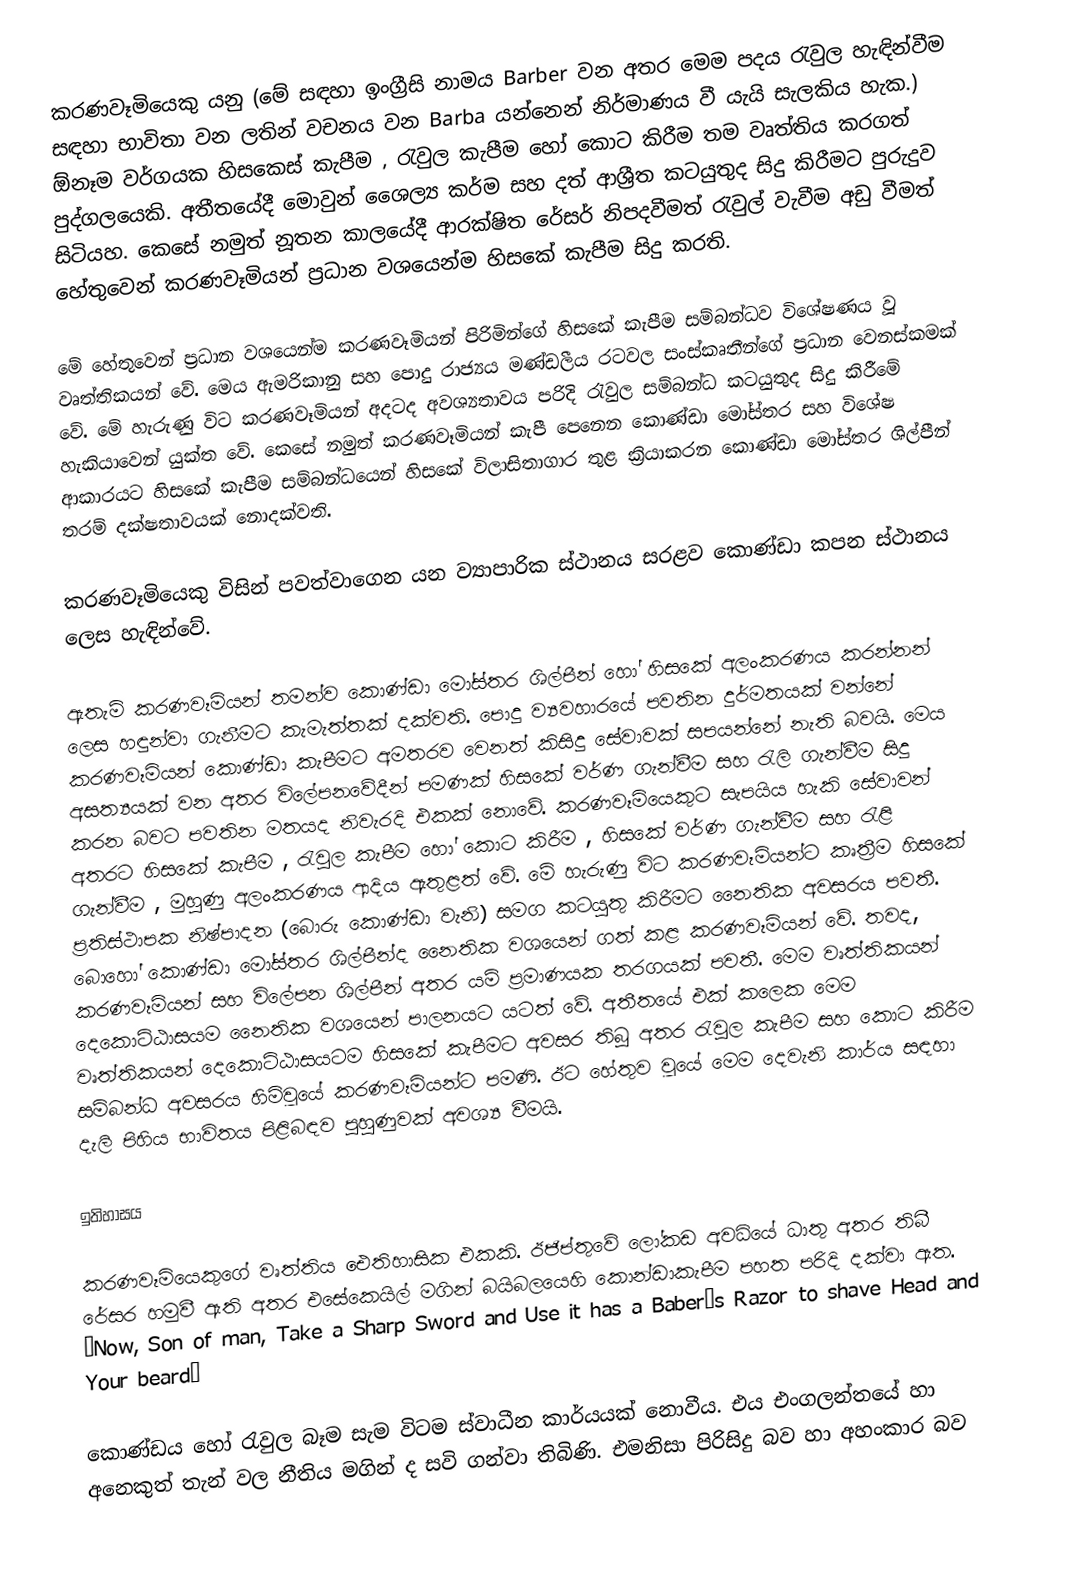
කරණවෑමියෙකු යනු (මේ සඳහා ඉංග්‍රීසි නාමය Barber වන අතර මෙම පදය රැවුල හැඳින්වීම සඳහා භාවිතා වන ලතින් වචනය වන Barba යන්නෙන් නිර්මාණය වී යැයි සැලකිය හැක.) ඕනෑම වර්ගයක හිසකෙස් කැපීම , රැවුල කැපීම හෝ කොට කිරීම තම වෘත්තිය කරගත් පුද්ගලයෙකි. අතීතයේදී මොවුන් ශෛල්‍ය කර්ම සහ දත් ආශ්‍රීත කටයුතුද සිදු කිරීමට පුරුදුව සිටියහ. කෙසේ නමුත් නූතන කාලයේදී ආරක්ෂිත රේසර් නිපදවීමත් රැවුල් වැවීම අඩු වීමත් හේතුවෙන් කරණවෑමියන් ප්‍රධාන වශයෙන්ම හිසකේ කැපීම සිදු කරති.

මේ හේතුවෙන් ප්‍රධාන වශයෙන්ම කරණවෑමියන් පිරිමින්ගේ හිසකේ කැපීම සම්බන්ධව විශේෂණය වූ වෘත්තිකයන් වේ. මෙය ඇමරිකානු සහ පොදු රාජ්‍යය මණ්ඩලීය රටවල සංස්කෘතීන්ගේ ප්‍රධාන වෙනස්කමක් වේ. මේ හැරුණු විට කරණවෑමියන් අදටද අවශ්‍යතාවය පරිදි රැවුල සම්බන්ධ කටයුතුද සිදු කිරීමේ හැකියාවෙන් යුක්ත වේ. කෙසේ නමුත් කරණවෑමියන් කැපී පෙනෙන කොණ්ඩා මෝස්තර සහ විශේෂ ආකාරයට ‍හිසකේ කැපීම සම්බන්ධයෙන් හිසකේ විලාසිතාගාර තුළ ක්‍රියාකරන කොණ්ඩා මෝස්තර ශිල්පීන් තරම් දක්ෂතාවයක් නොදක්වති.

කරණවෑමියෙකු විසින් පවත්වාගෙන යන ව්‍යාපාරික ස්ථානය සරළව කොණ්ඩා කපන ස්ථානය ලෙස හැඳින්වේ.

ඇතැම් කරණවෑමියන් තමන්ව කොණ්ඩා මෝස්තර ශිල්පීන් හෝ හිසකේ අලංකරණය කරන්නන් ලෙස හඳුන්වා ගැනීමට කැමැත්තක් දක්වති. පොදු ව්‍යවහාරයේ පවතින දුර්මතයක් වන්නේ කරණවෑමියන් කොණ්ඩා කැපීමට අමතරව වෙනත් කිසිදු සේවාවක් සපයන්නේ නැති බවයි. මෙය අසත්‍යයක් වන අතර විලේපනවේදීන් පමණක් හිසකේ වර්ණ ගැන්වීම සහ රැලි ගැන්වීම සිදු කරන බවට පවතින මතයද නිවැරදි එකක් නොවේ. කරණවෑමියෙකුට සැපයිය හැකි සේවාවන් අතරට හිසකේ කැපීම , රැවුල කැපීම හෝ කොට කිරීම , හිසකේ වර්ණ ගැන්වීම සහ රැළි ගැන්වීම , මුහුණු අලංකරණය ආදිය ඇතුළත් වේ. මේ හැරුණු විට කරණවෑමියන්ට කෘත්‍රීම හිසකේ ප්‍රතිස්ථාපක නිෂ්පාදන (බොරු කොණ්ඩා වැනි) සමග කටයුතු කිරීමට නෛතික අවසරය පවතී. බොහෝ කොණ්ඩා මෝස්තර ශිල්පීන්ද නෛතික වශයෙන් ගත් කළ කරණවෑමියන් වේ. තවද, කරණවෑමියන් සහ  විලේපන ශිල්පීන් අතර යම් ප්‍රමාණයක තරගයක් පවතී. මෙම වෘත්තිකයන් දෙකොට්ඨාසයම නෛතික වශයෙන් පාලනයට යටත් වේ. අතීතයේ එක් කලෙක මෙම වෘත්තිකයන් දෙකොට්ඨාසයටම හිසකේ කැපීමට අවසර තිබූ අතර රැවුල කැපීම සහ කොට කිරීම සම්බන්ධ අවසරය හිමිවූයේ කරණවෑමියන්ට පමණි. ඊට හේතුව වූයේ මෙම දෙවැනි කාර්ය සඳහා දැලි පිහිය භාවිතය පිළිබඳව පුහුණුවක් අවශ්‍ය වීමයි.

ඉතිහාසය

කරණවෑමියෙකුගේ වෘත්තිය ඓතිහාසික එකකි. ඊජිප්තුවේ ලෝකඩ අවධියේ ධාතු අතර තිබී රේසර හමුවී ඇති අතර එසේකෙයිල් මගින් බයිබලයෙහි කොන්ඩා‍කැපීම පහත පරිදි දක්වා ඇත. “Now, Son of man, Take a Sharp Sword and Use it has a Baber’s Razor to shave Head and Your beard”

කොණ්ඩය හෝ රැවුල බෑම සැම විටම ස්වාධීන කාර්යයක් නොවීය. එය එංගලන්තයේ හා අනෙකුත් තැන් වල නීතිය මගින් ද සවි ගන්වා තිබිණි. එමනිසා පිරිසිදු බව හා අහංකාර බව